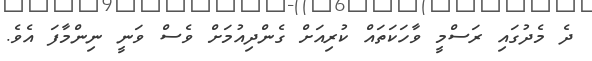
ދެ މެދުގައި ރަސްމީ ވާހަކަތައް ކުރިއަށް ގެންދިއުމަށް ވެސް ވަނީ ނިންމާފަ އެވެ.